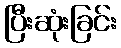
ပြီးဆုံးခြင်း